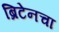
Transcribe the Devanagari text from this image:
ब्रिटेनचा